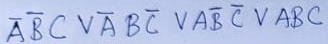
Text: ABCVABCVABCVABC